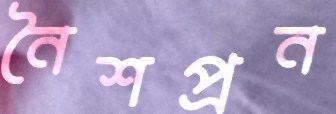
নৈশপ্রন